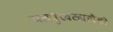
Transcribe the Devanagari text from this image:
पतपुरवठ्यापैकी